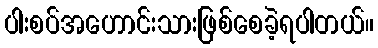
ပါးစပ်အဟောင်းသားဖြစ်စေခဲ့ရပါတယ်။